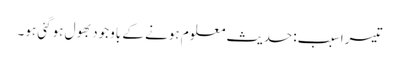
تیسرا سبب:حدیث معلوم ہونے کے باوجود بھول ہوگئی ہو۔